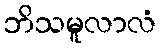
ဘိသမူလာလံ